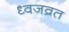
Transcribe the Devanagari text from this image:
ध्वजव्रत